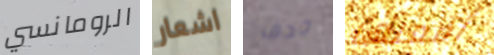
الرومانسي اشعار جدف أفعلها